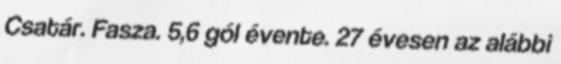
Csatár. Fasza. 5,6 gól évente. 27 évesen az alábbi